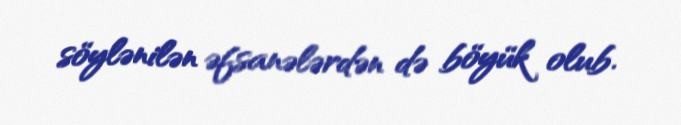
söylənilən əfsanələrdən də böyük olub.